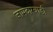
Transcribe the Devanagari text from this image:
जामदारवाडी